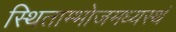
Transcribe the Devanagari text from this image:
स्थिताम्भोजमध्यस्थं